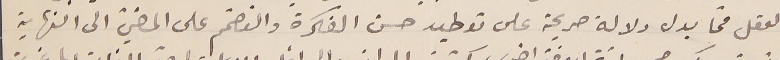
العقل فما يدل دلالة صريحة على توطيد حسن الفكرة والتصّمم على المضيّ الى النهاية